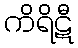
ကိရိဋီ